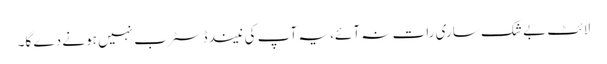
لائٹ بے شک ساری رات نہ آئے، یہ آپ کی نیند ڈسٹرب نہیں ہونے دے گا۔